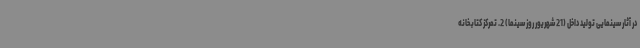
در آثار سینمایی تولید داخل (21 شهریور روز سینما) 2. تمرکز کتابخانه